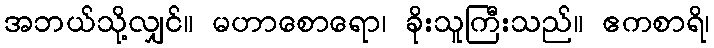
အဘယ်သို့လျှင်။ မဟာစောရော၊ ခိုးသူကြီးသည်။ ဧကစာရိ၊